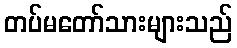
တပ်မတော်သားများသည်